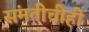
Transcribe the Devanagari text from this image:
संमतीचीही